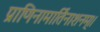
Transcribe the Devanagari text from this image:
प्राणिनामार्तिनाशनम्।।